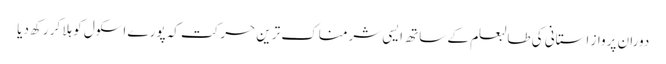
دوران پرواز استانی کی طالبعلم کے ساتھ ایسی شرمناک ترین حرکت کہ پورے اسکول کو ہلا کر رکھ دیا